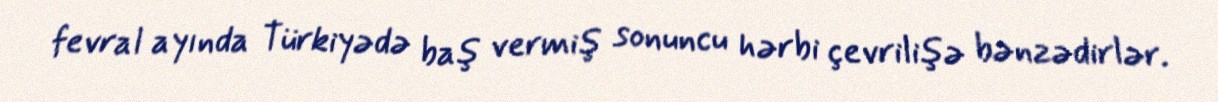
fevral ayında Türkiyədə baş vermiş sonuncu hərbi çevrilişə bənzədirlər.